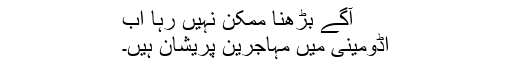
آگے بڑھنا ممکن نہیں رہا اب
اڈومینی میں مہاجرین پریشان ہیں۔